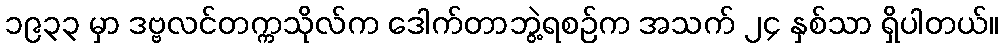
၁၉၃၃ မှာ ဒဗ္ဗလင်တက္ကသိုလ်က ဒေါက်တာဘွဲ့ရစဉ်က အသက် ၂၄ နှစ်သာ ရှိပါတယ်။